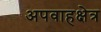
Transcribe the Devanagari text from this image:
अपवाहक्षेत्र